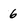
Character: 6